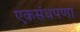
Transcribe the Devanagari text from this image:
एकसंधपणा